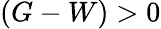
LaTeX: (G-W)>0